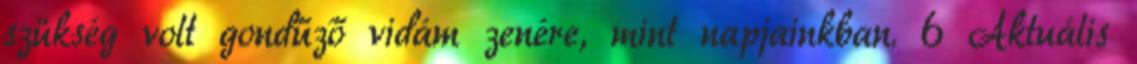
szükség volt gondűző vidám zenére, mint napjainkban. 6 Aktuális